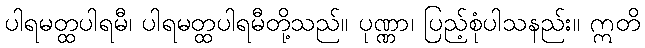
ပါရမတ္ထပါရမီ၊ ပါရမတ္ထပါရမီတို့သည်။ ပုဏ္ဏာ၊ ပြည့်စုံပါသနည်း။ ဣတိ